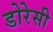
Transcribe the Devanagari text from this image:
डोरेसी